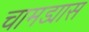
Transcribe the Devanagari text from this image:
चामड्यास